画像に写った文字を読んでください
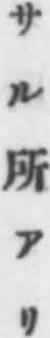
「サル所アリ」と書いてあります